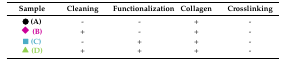
| Sample | Cleaning | Functionalization | Collagen | Crosslinking |
 | --- | --- | --- | --- | --- |
 | ●(A) | - | - | + | - |
 | ◆(B) | + | - | + | - |
 | ■(C) | - | + | + | - |
 | ▲(D) | + | + | + | - |